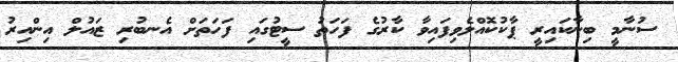
ސުނާމީ ބިނާކައިރީ ޕާކުކޮއްލެވިފައިވާ ކާރުގެ ފަހަތު ސީޓުގައި ފަހަތަށް އެނބުރި ޒައުލް އިންއިރު